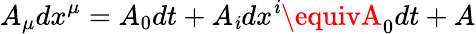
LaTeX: A_{\mu}dx^{\mu}=A_{0}dt+A_{\mathit{i}}dx^{\mathit{i}}\equivA_{0}dt+A